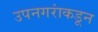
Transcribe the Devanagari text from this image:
उपनगरांकडून